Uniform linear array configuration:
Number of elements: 8
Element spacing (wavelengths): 0.75
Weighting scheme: cosine
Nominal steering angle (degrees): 15
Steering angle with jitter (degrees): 13.763
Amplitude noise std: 0.05
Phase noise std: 0.05

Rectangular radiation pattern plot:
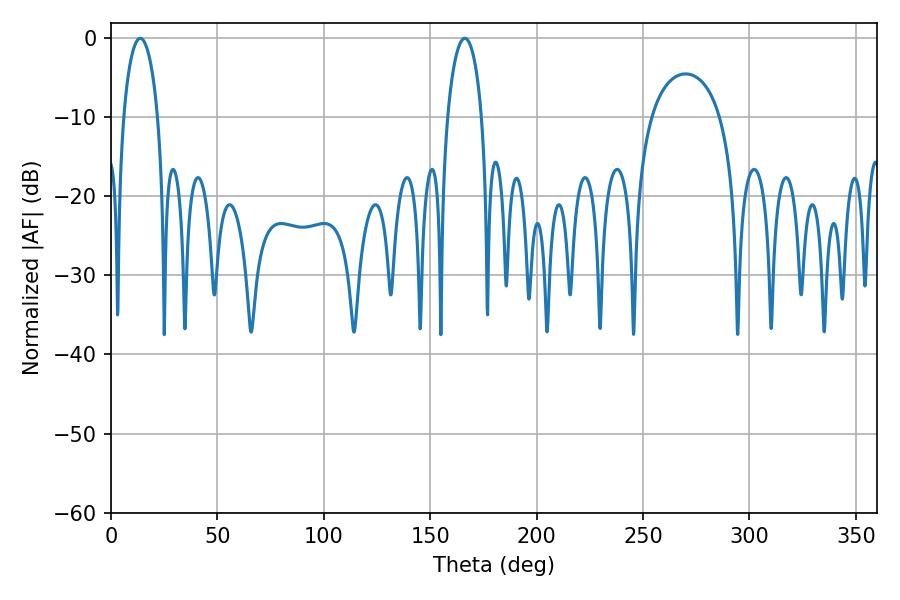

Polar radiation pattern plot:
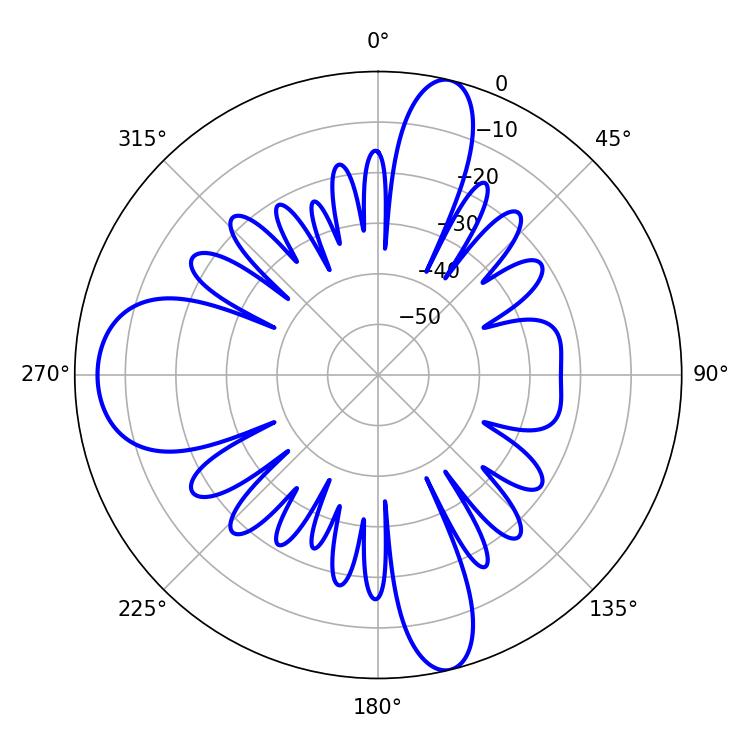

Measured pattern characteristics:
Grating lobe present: TRUE
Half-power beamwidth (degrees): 9.18
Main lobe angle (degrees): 13.68